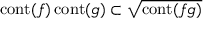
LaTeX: \operatorname { c o n t } ( f ) \operatorname { c o n t } ( g ) \subset { \sqrt { \operatorname { c o n t } ( f g ) } }